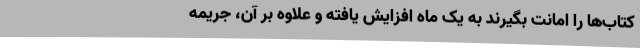
کتاب‌ها را امانت بگیرند به یک ماه افزایش یافته و علاوه بر آن، جریمه